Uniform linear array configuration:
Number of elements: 24
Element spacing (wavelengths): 0.5
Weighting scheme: hamming
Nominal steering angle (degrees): -30
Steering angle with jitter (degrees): -28.544
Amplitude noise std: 0.05
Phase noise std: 0.05

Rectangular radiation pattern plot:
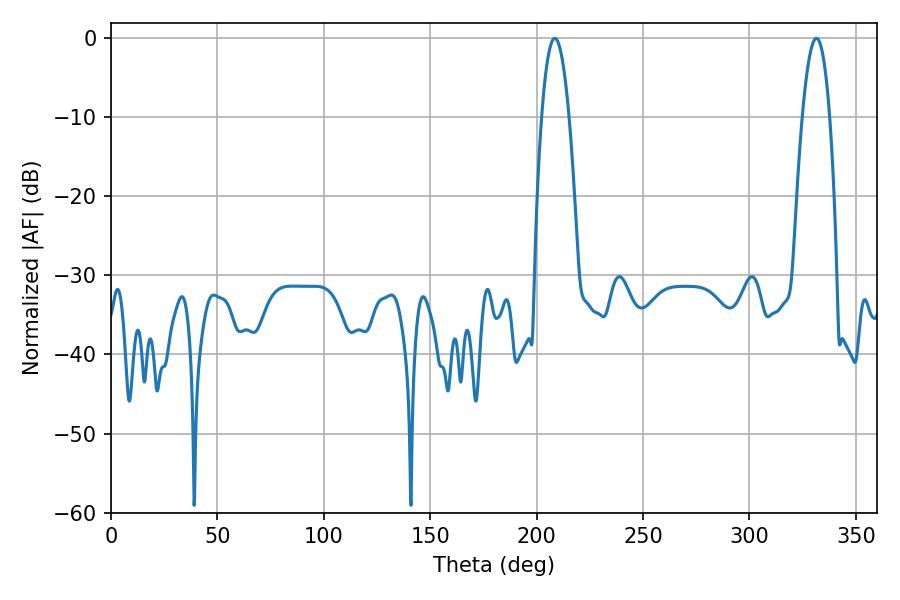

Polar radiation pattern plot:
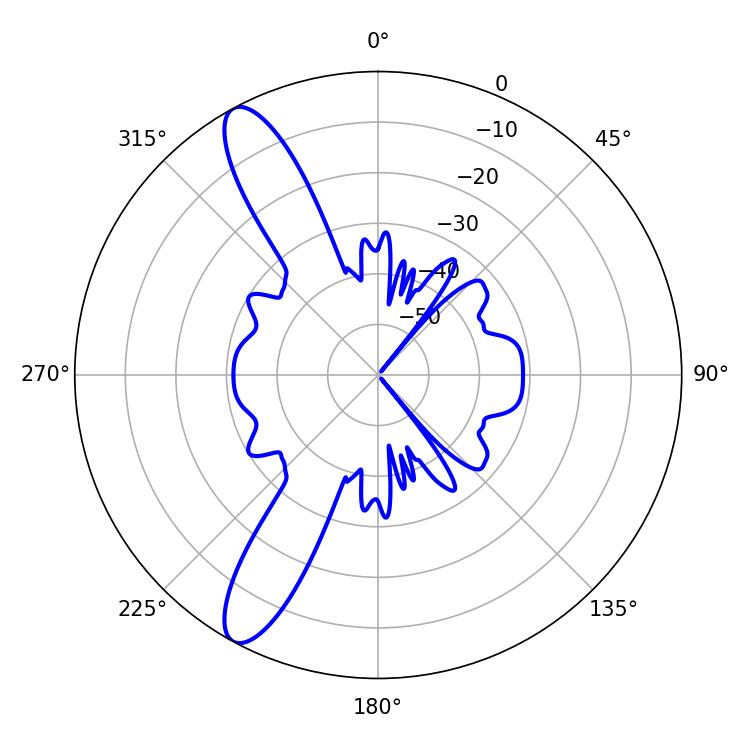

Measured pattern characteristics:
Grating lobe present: FALSE
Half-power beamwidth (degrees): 7.2
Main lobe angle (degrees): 208.62